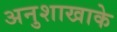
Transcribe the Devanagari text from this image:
अनुशाखाके